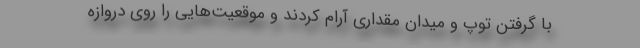
با گرفتن توپ و میدان مقداری آرام کردند و موقعیت‌هایی را روی دروازه